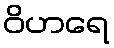
ဝိဟရေ